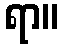
ရာ။